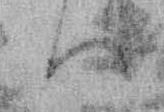
ハ